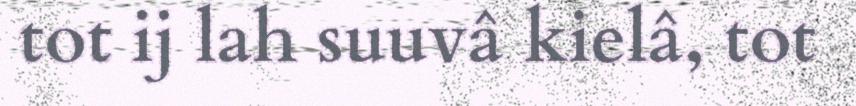
tot ij lah suuvâ kielâ, tot